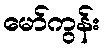
မော်ကွန်း